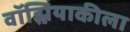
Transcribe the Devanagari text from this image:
वॉझ्नियाकीला